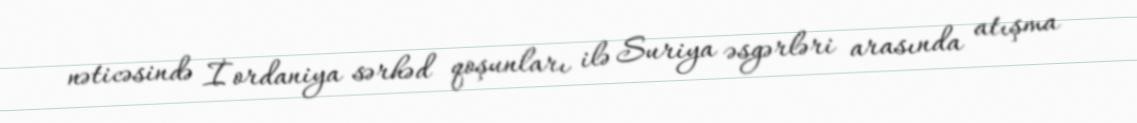
nəticəsində İordaniya sərhəd qoşunları ilə Suriya əsgərləri arasında atışma